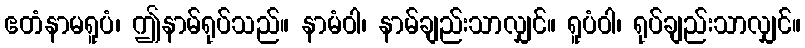
ဧတံနာမရူပံ၊ ဤနာမ်ရုပ်သည်။ နာမံဝါ၊ နာမ်ချည်းသာလျှင်။ ရူပံဝါ၊ ရုပ်ချည်းသာလျှင်။